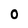
Character: O